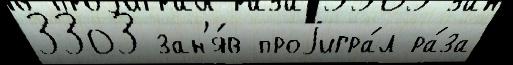
3303 зан'я́в проjигра́л ра́за